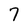
Character: 7